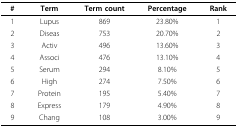
| # | Term | Term count | Percentage | Rank |
 | --- | --- | --- | --- | --- |
 | 1 | Lupus | 869 | 23.80% | 1 |
 | 2 | Diseas | 753 | 20.70% | 2 |
 | 3 | Activ | 496 | 13.60% | 3 |
 | 4 | Associ | 476 | 13.10% | 4 |
 | 5 | Serum | 294 | 8.10% | 5 |
 | 6 | High | 274 | 7.50% | 6 |
 | 7 | Protein | 195 | 5.40% | 7 |
 | 8 | Express | 179 | 4.90% | 8 |
 | 9 | Chang | 108 | 3.00% | 9 |